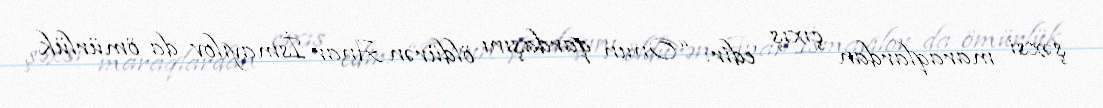
şəxsi maraqlardan çıxış edir: “Onun qardaşını öldürən Anar İsmayılov da ömürlük